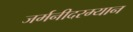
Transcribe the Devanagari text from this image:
जर्मनीदरम्यान